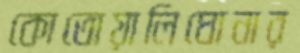
কোতোয়ালিঘোনার